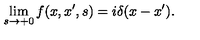
\lim _ { s \rightarrow + 0 } f ( x , x ^ { \prime } , s ) = i \delta ( x - x ^ { \prime } ) .